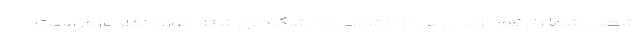
شغلی شما را رقم بزند. پس از انتخاب دانشگاه و رشته مورد نظر لازم است